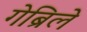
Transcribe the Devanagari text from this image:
गेब्रिले